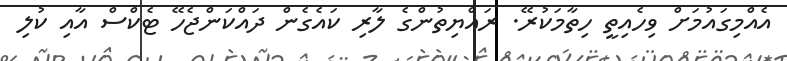
އެއްމިގައުމަށް ވިހެއިތީ ހިތާމަކުރޭ. ރައްޔިތުންގެ ލާރި ކައެގެން ދައްކަންޖެހޭ ޓެކްސް އާއި ކުލި